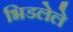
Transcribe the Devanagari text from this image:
भिडलेले